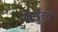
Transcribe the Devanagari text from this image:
मर्नुल